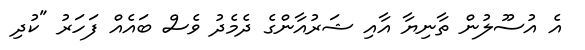
އެ އުސޫލުން ތާނިޔާ އާއި ޝަރުއާންގެ ދެމެދު ވެސް ބައެއް ފަހަރު "ކުދި